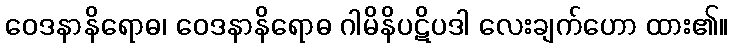
ဝေဒနာနိရောဓ၊ ဝေဒနာနိရောဓ ဂါမိနိပဋိပဒါ လေးချက်ဟော ထား၏။